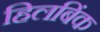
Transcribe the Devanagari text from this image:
हिलबिंक